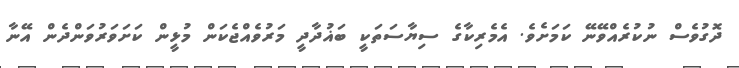
ދޮގުވެސް ނުކުރެއްވޭނޭ ކަމަށެވެ. އެމެރިކާގެ ސިޔާސަތަކީ ބަޣުދާދީ މަރުވެއްޖެކަން މުޅީން ކަށަވަރުވަންދެން އޭނާ